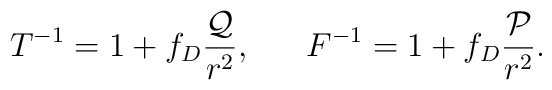
T^{-1}=1+f_D{{\cal Q}\over{r^2}}, \ \ \ \ \ F^{-1}=1+f_D{{\cal P}\over{r^2}}.